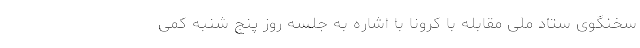
سخنگوی ستاد ملی مقابله با کرونا با اشاره به جلسه روز پنج شنبه کمی